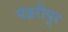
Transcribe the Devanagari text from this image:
पंडरीपूर